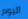
اليوم